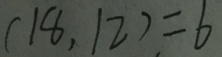
( 1 8 , 1 2 ) = 6